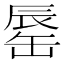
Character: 𨑅